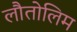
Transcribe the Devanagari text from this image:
लौतोलिम